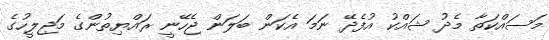
މަސައްކަތާ މެދު ޝައްކު އުފެދޭ ނަމަ އެކަން ބަލަން ޖެހޭނީ ރައްޔިތުންގެ މަޖިލީހުގެ